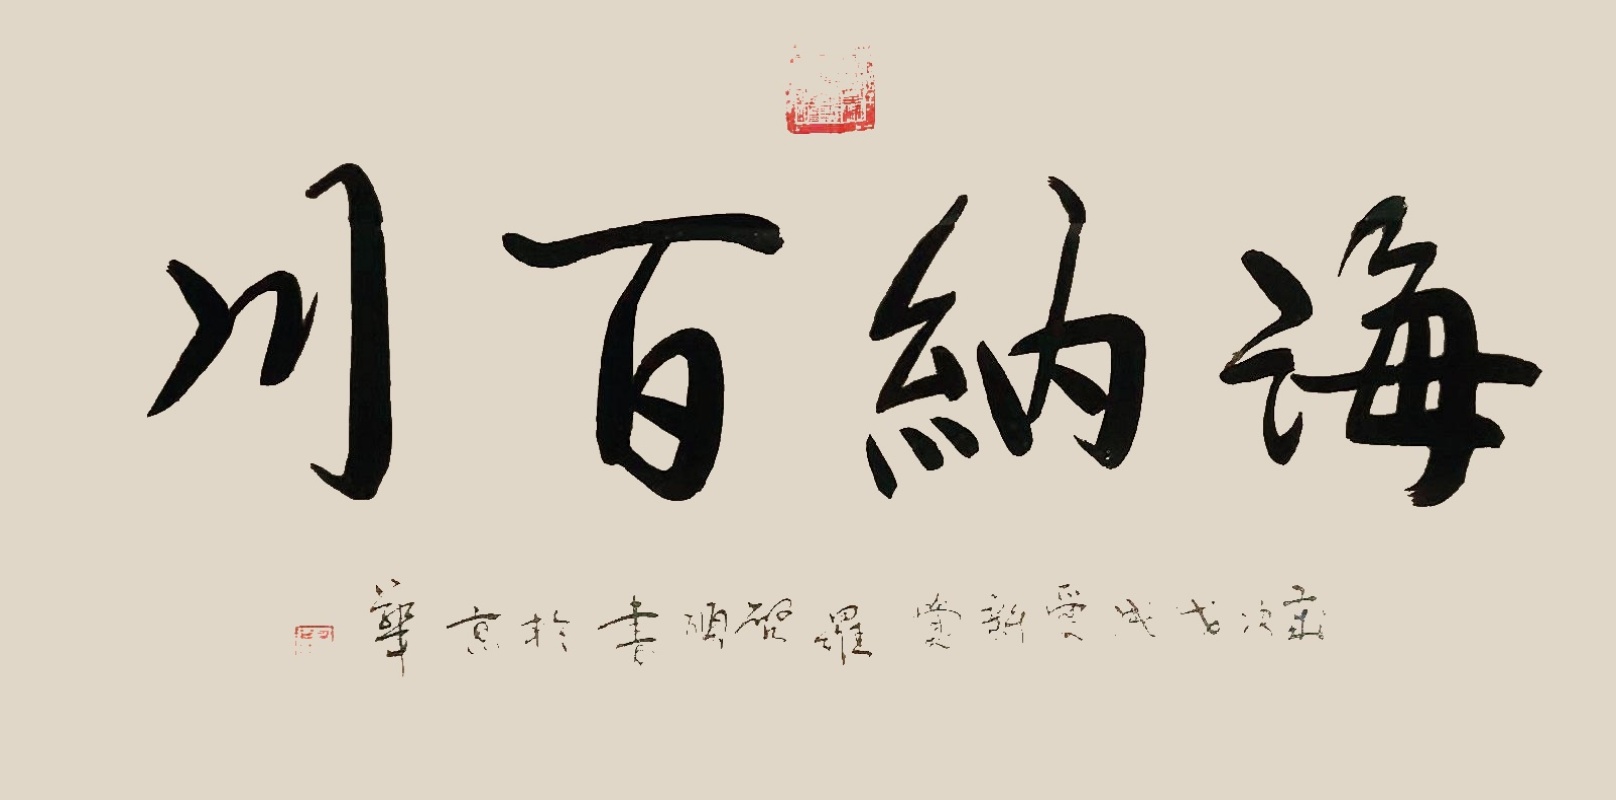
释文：海纳百川岁次戊戌爱新觉罗启顺书于京华